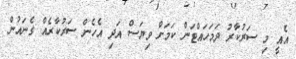
އެއީ މި ސަރުކާރު ދަމަހައްޓަން ކަމަށް ވިޔަސް އަދި އެހެން ސަރުކާރެއް ގެނައުން